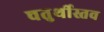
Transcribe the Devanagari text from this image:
चतुर्थीस्तव